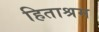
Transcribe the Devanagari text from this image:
हिताश्रम